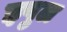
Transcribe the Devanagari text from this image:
इपुल